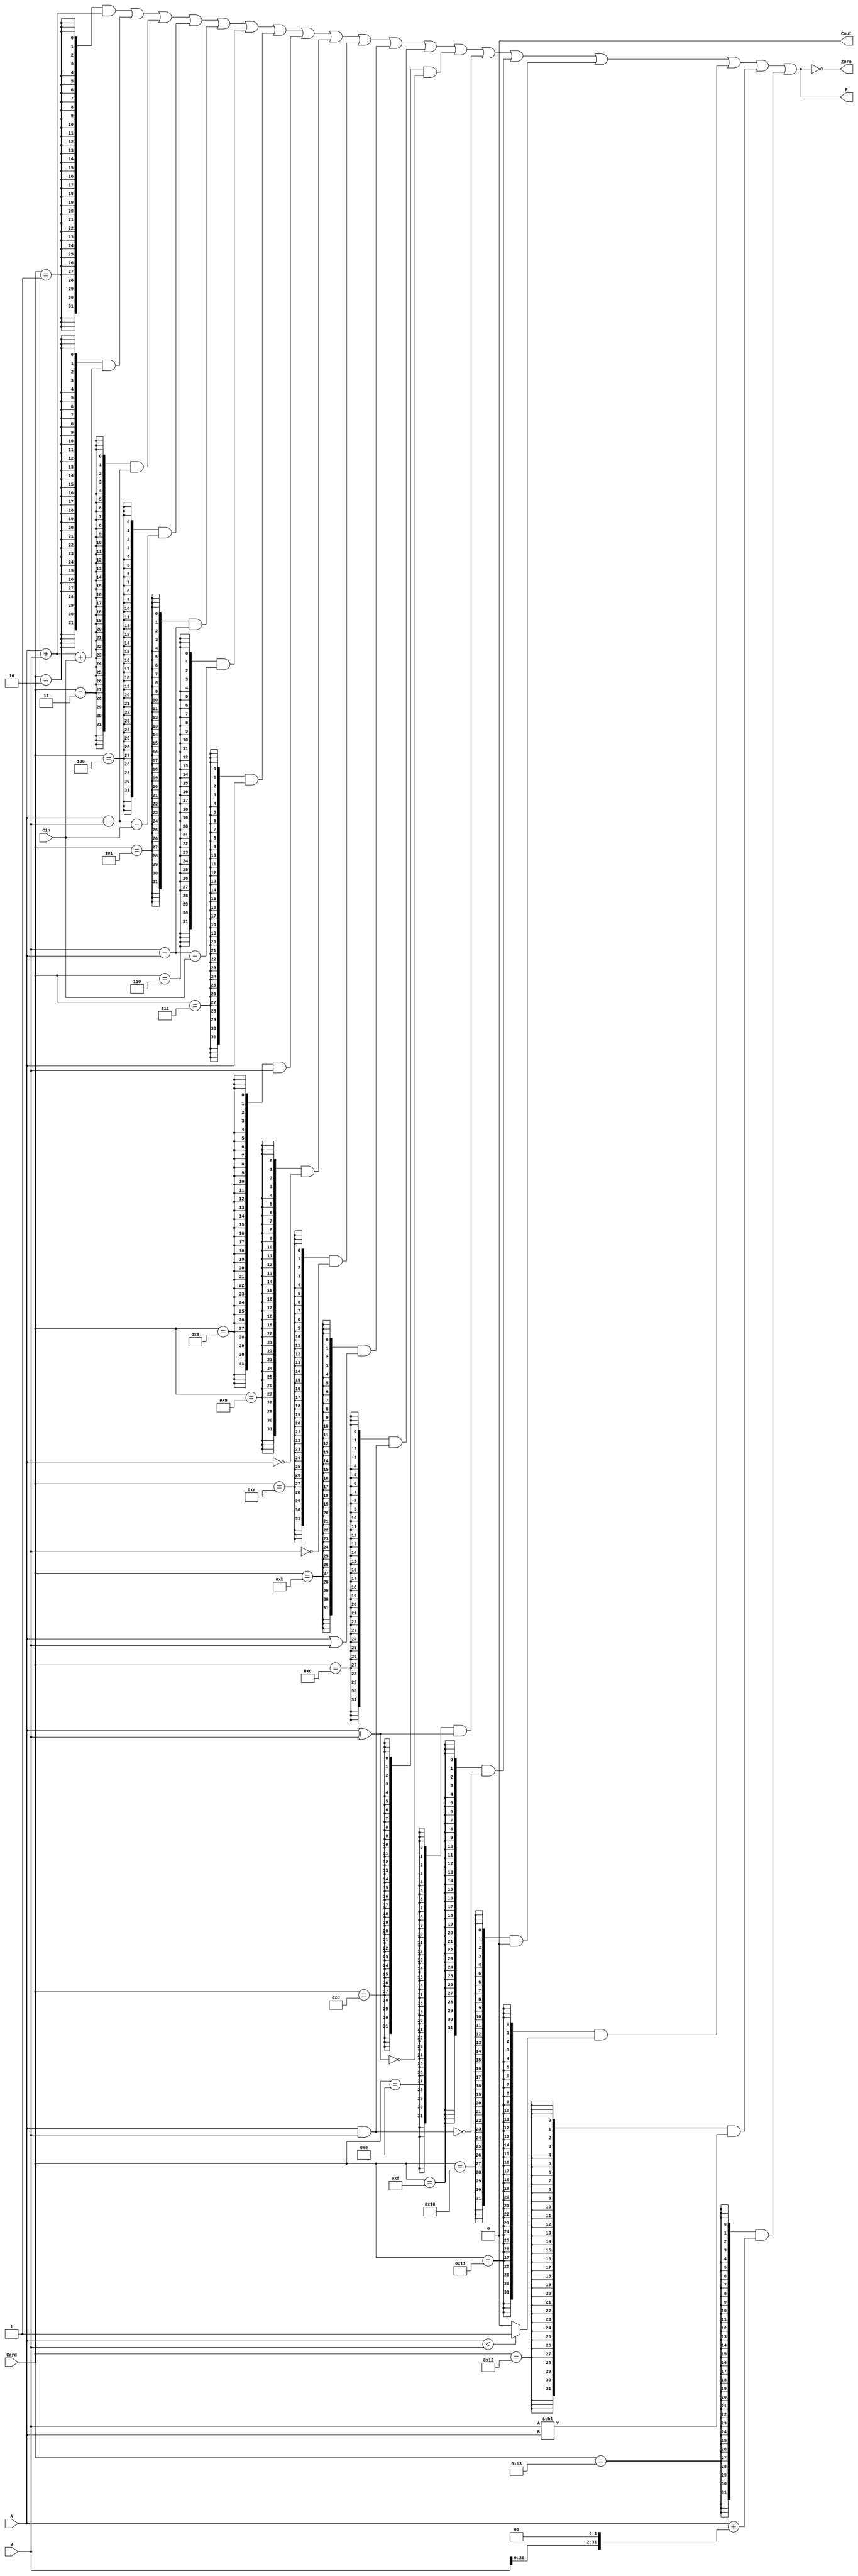
`timescale 1ns / 1ps
//////////////////////////////////////////////////////////////////////////////////
// Company: 
// Engineer: 
// 
// Design Name: 
// Module Name: alu
// Project Name: 
// Target Devices: 
// Tool Versions: 
// Description: 
// 
// Dependencies: 
// 
// Revision:
// Revision 0.01 - File Created
// Additional Comments:
// 
//////////////////////////////////////////////////////////////////////////////////

`define ADD     5'b00001
// 
`define ADDI    5'b00010
// 
`define SUB     5'b00011
// 
`define SUBI    5'b00100
//
`define RSUB    5'b00101
//
`define RSUBI   5'b00110
//
`define GA      5'b00111
//A
`define GB      5'b01000
//B
`define NEGA    5'b01001
//A
`define NEGB    5'b01010
//B
`define OR      5'b01011
//
`define AND     5'b01100
//
`define XNOR    5'b01101
//
`define XOR     5'b01110
//
`define NAND    5'b01111
//
`define ZERO    5'b10000
//
`define SLT     5'b10001
//
`define SLL     5'b10010
//
`define PC      5'b10011
//PC

//

module ALU (
    input  [31:0]   A   ,
    input  [31:0]   B   ,
    input           Cin ,
    input  [4:0]    Card,
    output [31:0]   F   ,
    output          Cout,
    output          Zero
);
    wire [32:0]    Final; 
    wire [31:0]    add_result;
    wire [31:0]    addi_result;
    wire [31:0]    sub_result;
    wire [31:0]    subi_result;
    wire [31:0]    rsub_result;
    wire [31:0]    rsubi_result;
    wire [31:0]    ga_result;
    wire [31:0]    gb_result;
    wire [31:0]    nega_result;
    wire [31:0]    negb_result;
    wire [31:0]    or_result;
    wire [31:0]    and_result;
    wire [31:0]    xnor_result;
    wire [31:0]    xor_result;
    wire [31:0]    nand_result;
    wire [31:0]    zero_result;
    wire [31:0]    slt_result;
    wire [31:0]    sll_result;
    wire [31:0]    pc_result;
    
    // 
    assign add_result   = A + B;
    assign addi_result  = A + B + Cin;
    assign sub_result   = A - B;
    assign subi_result  = A - B - Cin;
    assign rsub_result  = B - A;
    assign rsubi_result = B - A - Cin;
    assign ga_result    = A;
    assign gb_result    = B;
    
    // 
    assign nega_result  = ~A;
    assign negb_result  = ~B;
    assign or_result    = A | B;
    assign and_result   = A & B;
    assign xnor_result  = ~(A ^ B);
    assign xor_result   = A ^ B;
    assign nand_result  = ~(A & B);
    assign zero_result  = 32'b0;
    assign slt_result   = A<B ? 1:0;
    assign sll_result   = B << A;
    assign pc_result    = A + (B << 2);
    
    //
    assign Final   =({32{Card == `ADD}}    & add_result)    |
                    ({32{Card == `ADDI}}   & addi_result)   |
                    ({32{Card == `SUB}}    & sub_result)    |
                    ({32{Card == `SUBI}}   & subi_result)   |
                    ({32{Card == `RSUB}}   & rsub_result)   |
                    ({32{Card == `RSUBI}}  & rsubi_result)  |
                    ({32{Card == `GA}}     & ga_result)     |
                    ({32{Card == `GB}}     & gb_result)     |
                    ({32{Card == `NEGA}}   & nega_result)   |
                    ({32{Card == `NEGB}}   & negb_result)   |
                    ({32{Card == `OR}}     & or_result)     |
                    ({32{Card == `AND}}    & and_result)    |
                    ({32{Card == `XNOR}}   & xnor_result)   |
                    ({32{Card == `XOR}}    & xor_result)    |
                    ({32{Card == `NAND}}   & nand_result)   |
                    ({32{Card == `ZERO}}   & zero_result)   |
                    ({32{Card == `SLT}}   & slt_result)     |
                    ({32{Card == `SLL}}   & sll_result)     |
                    ({32{Card == `PC}}   & pc_result);

    // 
    assign Cout = Final[32];
    assign F = Final[31:0];
    assign Zero = (F == 32'b0);

endmodule